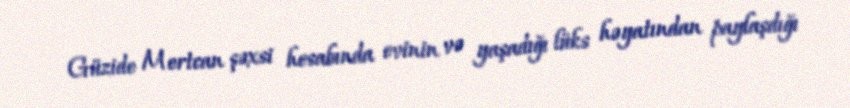
Güzide Mertcan şəxsi hesabında evinin və yaşadığı lüks həyatından paylaşdığı